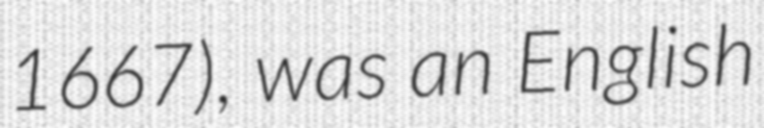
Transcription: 1667), was an English